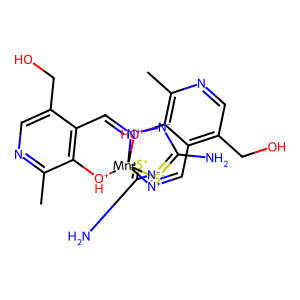
SMILES: Cc1ncc(CO)c2c1[OH+][Mn+]134([OH+]c5c(C)ncc(CO)c5C=[N+]1[N-]C(N)=[S+]3)[S+]=C(N)[N-][N+]4=C2
Inhibits HIV replication: No